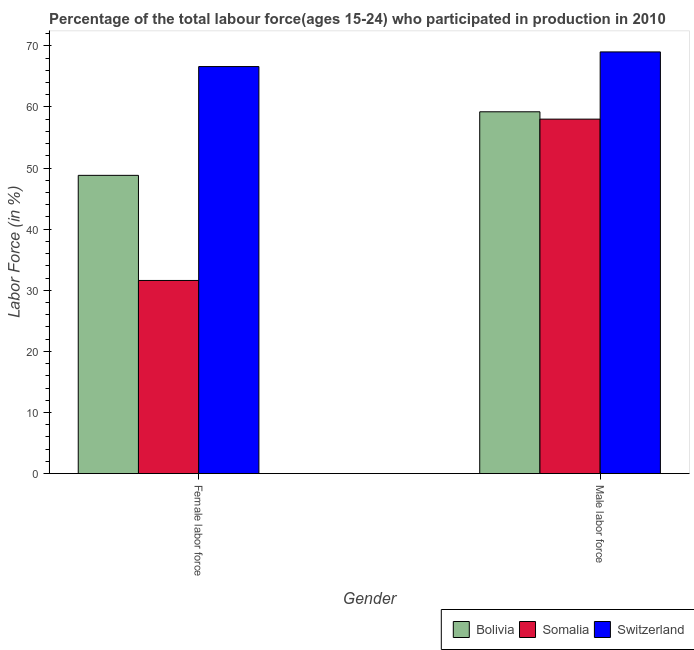
| Gender | Bolivia | Somalia | Switzerland |
 | --- | --- | --- | --- |
 | Female labor force | 48.8 | 31.6 | 66.6 |
 | Male labor force | 59.2 | 58 | 69 |